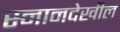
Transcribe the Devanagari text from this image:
स्नानदेखील